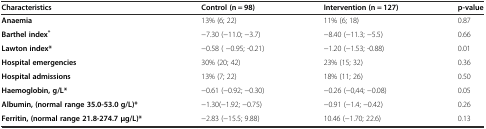
| Characteristics | Control (n = 98) | Intervention (n = 127) | p-value |
 | --- | --- | --- | --- |
 | Anaemia | 13% (6; 22) | 11% (6; 18) | 0.87 |
 | Barthel index* | −7.30 (−11.0; −3.7) | −8.40 (−11.3; −5.5) | 0.66 |
 | Lawton index* | −0.58 ( −0.95; -0.21) | −1.20 (−1.53; -0.88) | 0.01 |
 | Hospital emergencies | 30% (20; 42) | 23% (15; 32) | 0.36 |
 | Hospital admissions | 13% (7; 22) | 18% (11; 26) | 0.50 |
 | Haemoglobin, g/L* | −0.61 (−0.92; −0.30) | −0.26 (−0,44; −0.08) | 0.05 |
 | Albumin, (normal range 35.0-53.0 g/L)* | −1.30(−1.92; −0.75) | −0.91 (−1.4; −0.42) | 0.26 |
 | Ferritin, (normal range 21.8-274.7 μg/L)* | −2.83 (−15.5; 9.88) | 10.46 (−1.70; 22.6) | 0.13 |